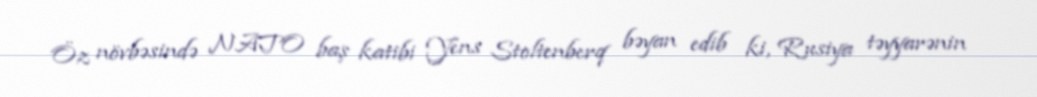
Öz növbəsində NATO baş katibi Yens Stoltenberq bəyan edib ki, Rusiya təyyarənin